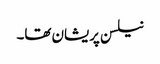
نیلسن پریشان تھا۔